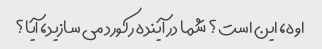
اوه، این است؟ شما در آینده رکورد می سازید، آیا؟